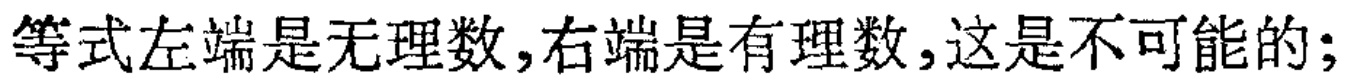
等式左端是无理数,右端是有理数,这是不可能的;